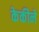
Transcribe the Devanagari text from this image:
केकीने